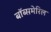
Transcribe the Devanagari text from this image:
बॉब्समेरिल